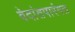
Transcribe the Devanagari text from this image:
वेदांतपारंगत